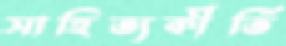
সাহিত্যকীর্তি